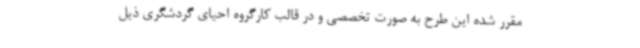
مقرر شده این طرح به صورت تخصصی و در قالب کارگروه احیای گردشگری ذیل